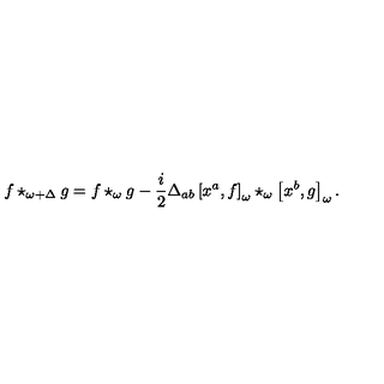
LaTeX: f \star _ { \omega + \Delta } g = f \star _ { \omega } g - \frac { i } { 2 } \Delta _ { a b } \left[ x ^ { a } , f \right] _ { \omega } \star _ { \omega } \left[ x ^ { b } , g \right] _ { \omega } .